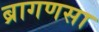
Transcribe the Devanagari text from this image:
ब्रागणसा